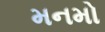
મનમો